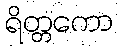
ရိတ္တကော